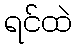
ရင်ထဲ